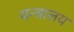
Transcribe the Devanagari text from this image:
यन्त्रालय